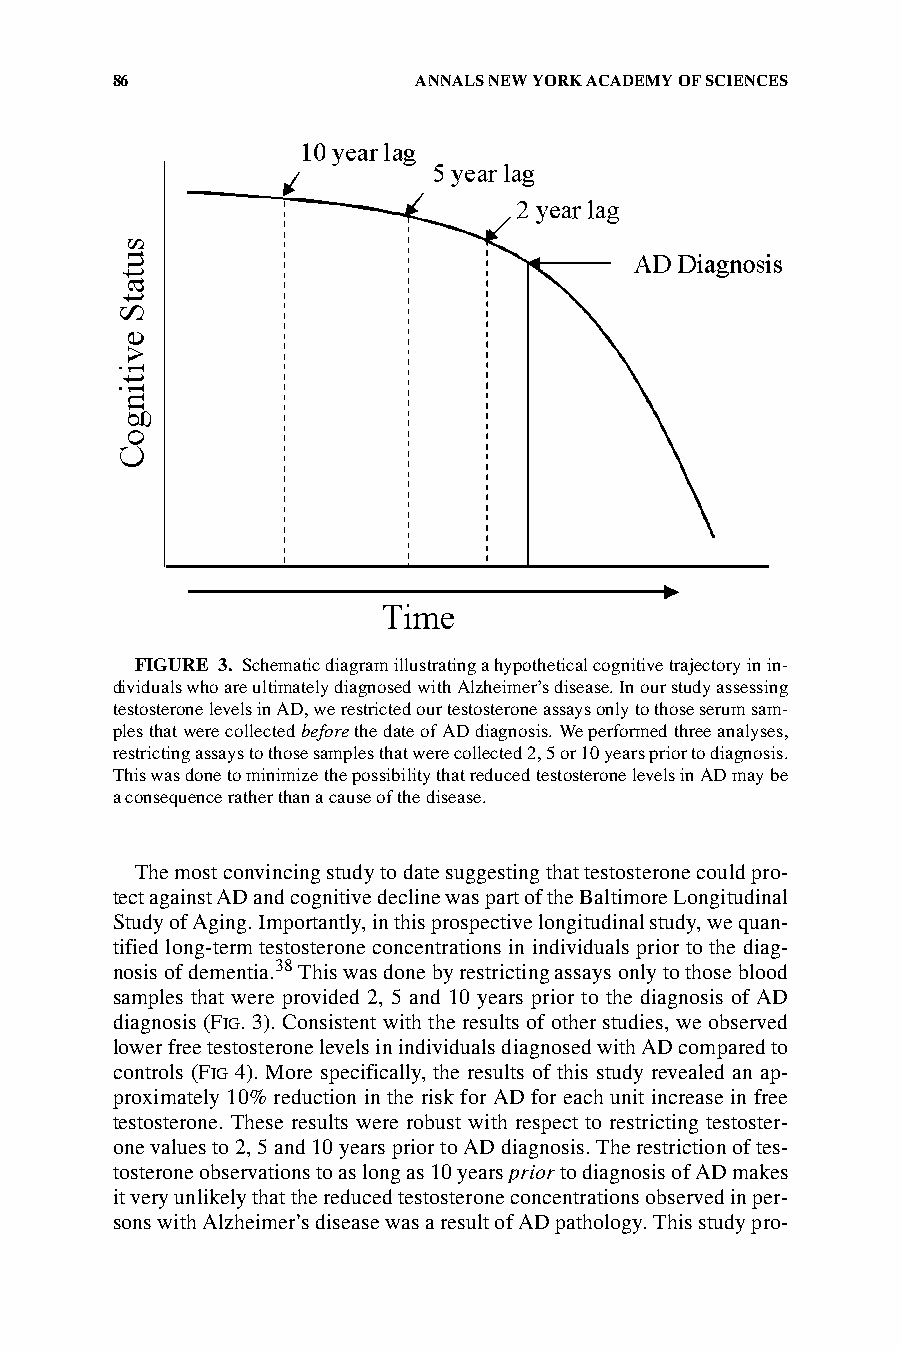
86                  ANNALS NEW YORK ACADEMY OF SCIENCES
 FIGURE 3. Schematic diagram illustrating a hypothetical cognitive trajectory in in-
 dividuals who are ultimately diagnosed with Alzheimer’s disease. In our study assessing
 testosterone levels in AD, we restricted our testosterone assays only to those serum sam-
 ples that were collected before the date of AD diagnosis. We performed three analyses,
 restricting assays to those samples that were collected 2, 5 or 10 years prior to diagnosis.
 This was done to minimize the possibility that reduced testosterone levels in AD may be
 a consequence rather than a cause of the disease.
 The most convincing study to date suggesting that testosterone could pro-
 tect against AD and cognitive decline was part of the Baltimore Longitudinal
 Study of Aging. Importantly, in this prospective longitudinal study, we quan-
 tified long-term testosterone concentrations in individuals prior to the diag-
 nosis of dementia.38 This was done by restricting assays only to those blood
 samples that were provided 2, 5 and 10 years prior to the diagnosis of AD
 diagnosis (FIG. 3). Consistent with the results of other studies, we observed
 lower free testosterone levels in individuals diagnosed with AD compared to
 controls (FIG 4). More specifically, the results of this study revealed an ap-
 proximately 10% reduction in the risk for AD for each unit increase in free
 testosterone. These results were robust with respect to restricting testoster-
 one values to 2, 5 and 10 years prior to AD diagnosis. The restriction of tes-
 tosterone observations to as long as 10 years prior to diagnosis of AD makes
 it very unlikely that the reduced testosterone concentrations observed in per-
 sons with Alzheimer’s disease was a result of AD pathology. This study pro-